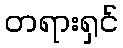
တရားရှင်